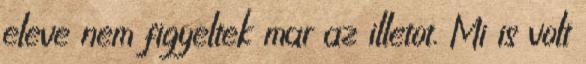
eleve nem figyeltek mar az illetot. Mi is volt